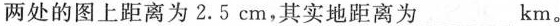
两处的图上距离为2.5cm,其实地距离为___km。